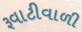
રૂવાટીવાળી